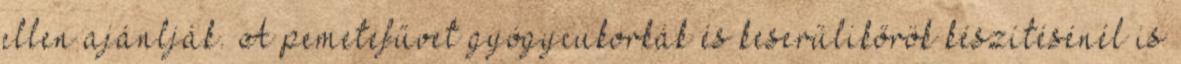
ellen ajánlják. A pemetefűvet gyógycukorkák és keserűlikőrök készítésénél is